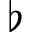
\flat